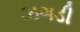
ઝગડી